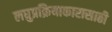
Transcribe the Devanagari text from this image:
लघुप्रक्रियाकारासाठी